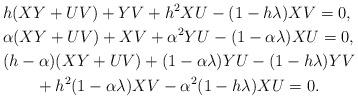
LaTeX: \begin{align*}& h(XY+UV)+YV+h^2XU-(1-h\lambda)XV=0, \\& \alpha (XY+UV)+XV+\alpha^2YU-(1-\alpha\lambda)XU=0, \\& (h-\alpha)(XY+UV)+(1-\alpha\lambda)YU-(1-h\lambda)YV \\& \qquad+h^2(1-\alpha\lambda)XV-\alpha^2(1-h\lambda)XU=0.\end{align*}